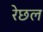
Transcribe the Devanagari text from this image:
रेछल